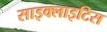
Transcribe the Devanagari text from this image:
साइक्लाइटिस